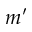
m ^ { \prime }